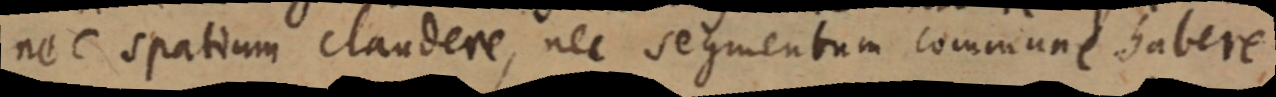
nec spatium claudere, nec segmentum commune habere